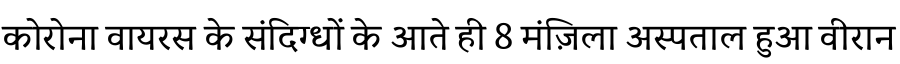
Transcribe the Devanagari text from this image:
कोरोना वायरस के संदिग्धों के आते ही 8 मंज़िला अस्पताल हुआ वीरान